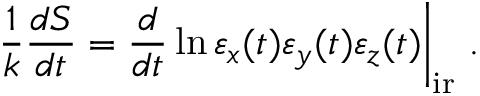
\left. \frac { 1 } { k } \frac { d S } { d t } = \frac { d } { d t } \ln \varepsilon _ { x } ( t ) \varepsilon _ { y } ( t ) \varepsilon _ { z } ( t ) \right| _ { \mathrm { i r } } \, .